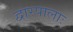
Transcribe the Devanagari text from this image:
द्वारपालाः